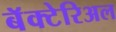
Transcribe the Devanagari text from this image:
बॅक्टेरिअल